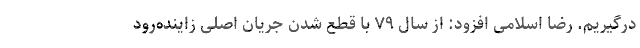
درگیریم. رضا اسلامی افزود: از سال ۷۹ با قطع شدن جریان اصلی زاینده‌رود